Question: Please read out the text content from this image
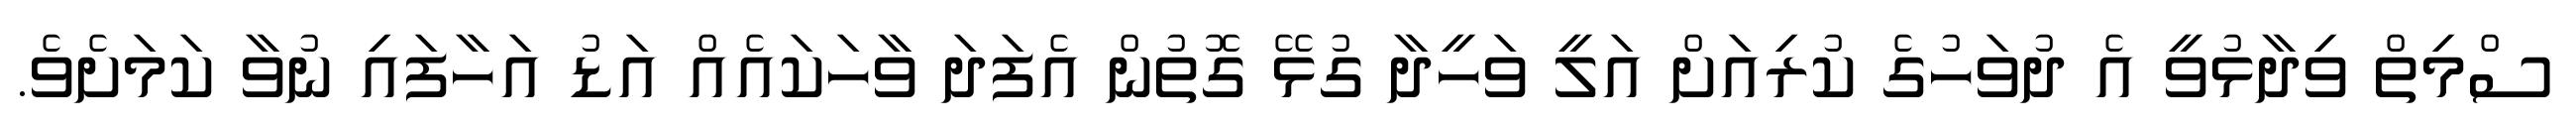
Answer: ސްމިތް ވިދާޅުވީ އެ ދުވަހުގެ ކުރިއަށް އަލީ ވަހީދާ ގުޅޭ ގޮތުން އެފަދަ ވާހަކައެއް އަޑު އަހާފައި ނުވާ ކަމަށެވެ.